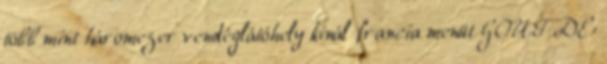
több mint háromezer vendéglátóhely kínál francia menüt GOUT DE